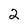
Character: 2